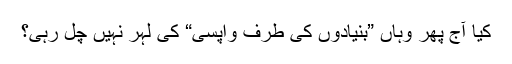
کیا آج پھر وہاں ”بنیادوں کی طرف واپسی“ کی لہر نہیں چل رہی؟